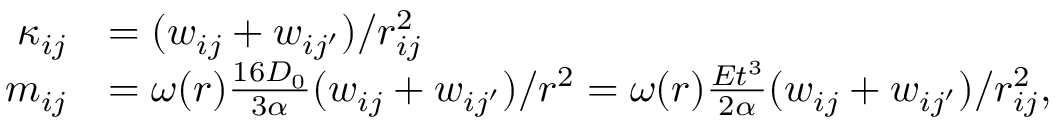
\begin{array} { r l } { \kappa _ { i j } } & { = ( w _ { i j } + w _ { i j ^ { \prime } } ) / r _ { i j } ^ { 2 } } \\ { m _ { i j } } & { = \omega ( r ) \frac { 1 6 D _ { 0 } } { 3 \alpha } ( w _ { i j } + w _ { i j ^ { \prime } } ) / r ^ { 2 } = \omega ( r ) \frac { E t ^ { 3 } } { 2 \alpha } ( w _ { i j } + w _ { i j ^ { \prime } } ) / r _ { i j } ^ { 2 } , } \end{array}